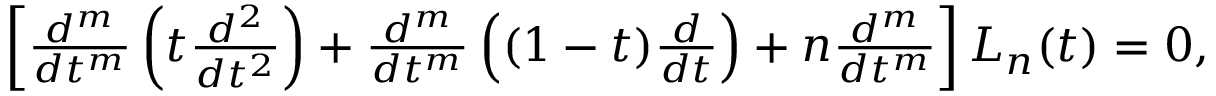
\begin{array} { r } { \left[ \frac { d ^ { m } } { d t ^ { m } } \left( t \frac { d ^ { 2 } } { d t ^ { 2 } } \right) + \frac { d ^ { m } } { d t ^ { m } } \left( ( 1 - t ) \frac { d } { d t } \right) + n \frac { d ^ { m } } { d t ^ { m } } \right] L _ { n } ( t ) = 0 , } \end{array}